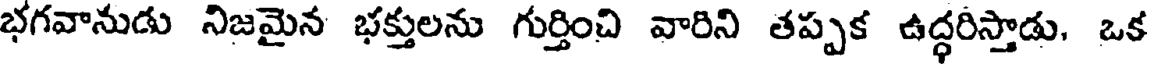
భగవానుడు నిజమైన భక్తులను గుర్తించి వారిని తప్పక ఉద్ధరిస్తాడు, ఒక